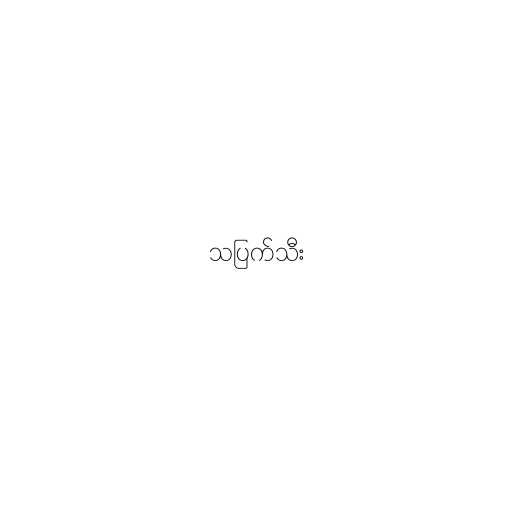
သပြက်သီး